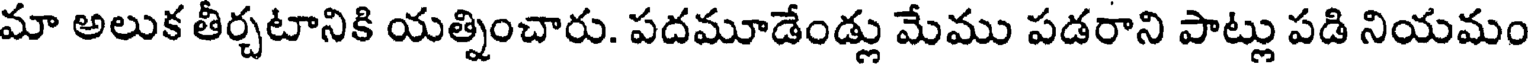
మా అలుక తీర్చటానికి యత్నించారు. పదమూడేండ్లు మేము పడరాని పాట్లు పడి నియమం